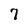
Character: 7